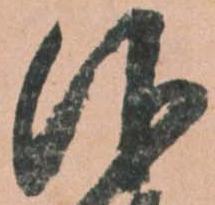
仰